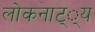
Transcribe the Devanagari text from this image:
लोकनाट््य